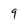
Character: 9